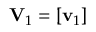
\mathbf { V } _ { 1 } = \left[ \mathbf { v } _ { 1 } \right]